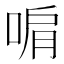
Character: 𭈞